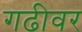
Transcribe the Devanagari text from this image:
गढीवर